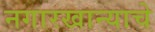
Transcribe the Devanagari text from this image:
नगारखान्याचे